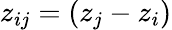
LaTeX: z_{ij}=(z_{j}-z_{i})